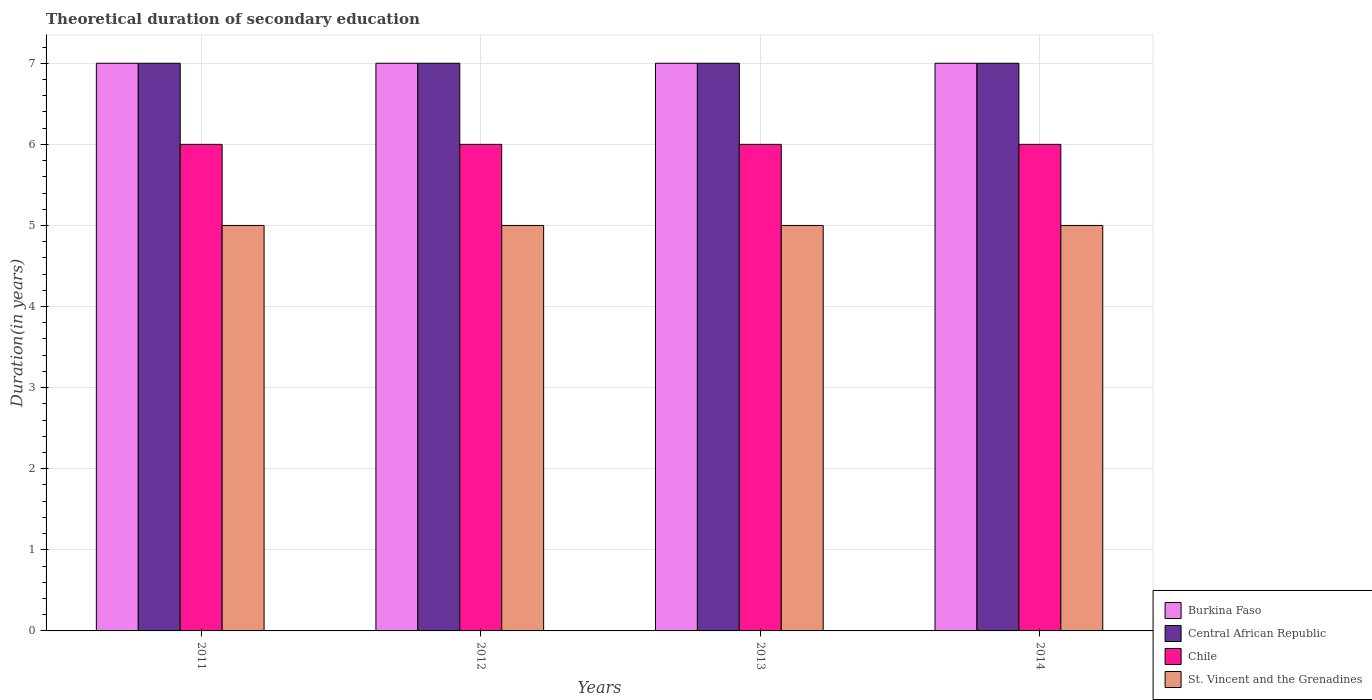
| Years | Burkina Faso | Central African Republic | Chile | St. Vincent and the Grenadines |
 | --- | --- | --- | --- | --- |
 | 2011 | 7 | 7 | 6 | 5 |
 | 2012 | 7 | 7 | 6 | 5 |
 | 2013 | 7 | 7 | 6 | 5 |
 | 2014 | 7 | 7 | 6 | 5 |